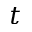
t